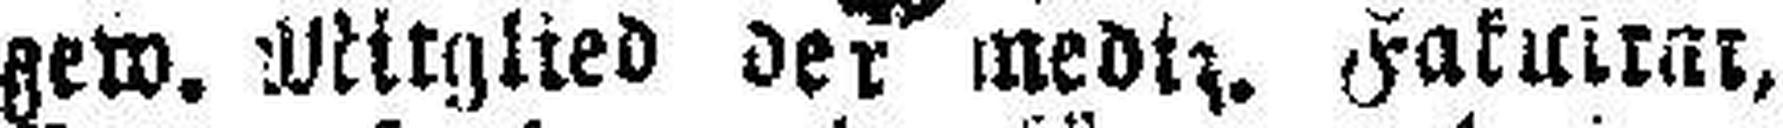
gew. Mitglied der mediz. Fakultät,